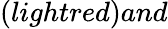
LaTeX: (lightred)and